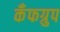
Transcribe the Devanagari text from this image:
कँफग्रुप